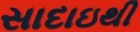
સાદાઇથી